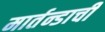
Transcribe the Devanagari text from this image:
मार्तन्डाची